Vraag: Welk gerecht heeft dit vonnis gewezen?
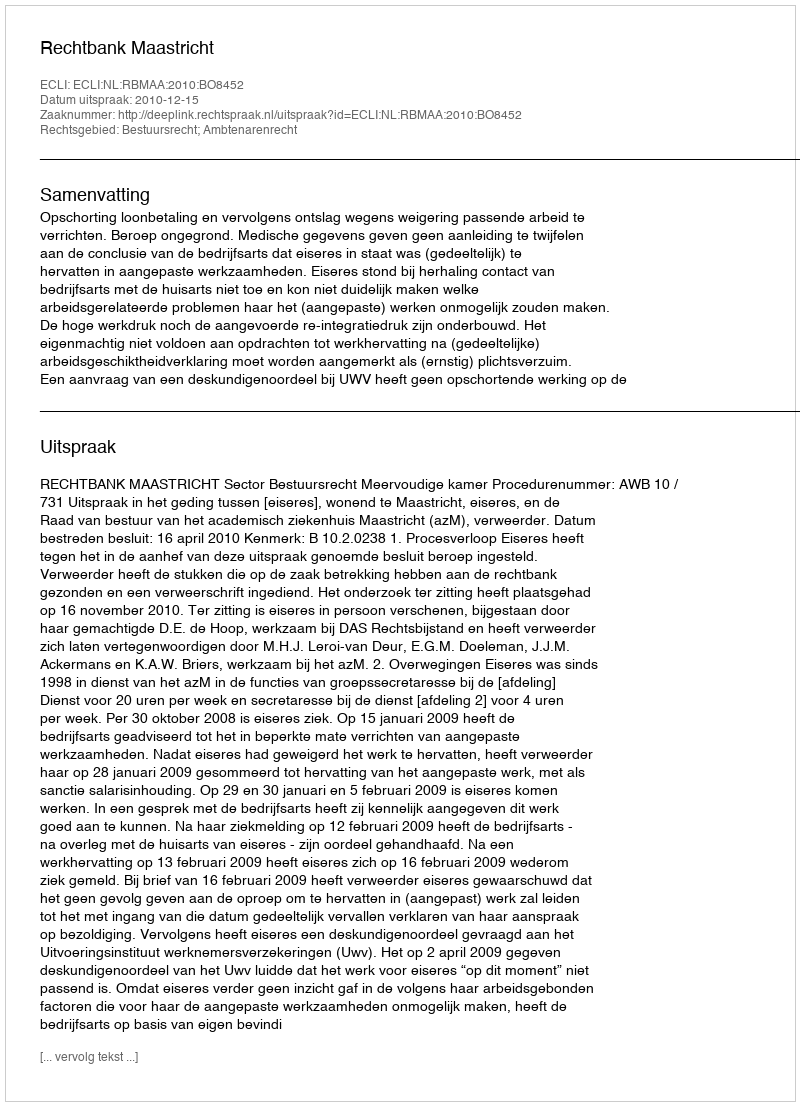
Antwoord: Rechtbank Maastricht